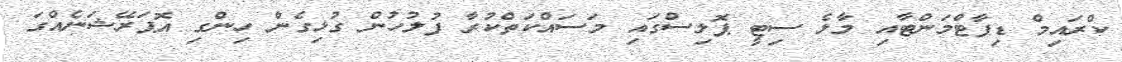
ކްރައިމް ޑިޕާޓްމަންޓާއި މާލެ ސިޓީ ޕޮލިސްގައި މަސައްކަތްކުރާ ފުލުހުން ގުޅިގެން ހިންގި އޮޕަރޭޝަނެއްގަ